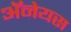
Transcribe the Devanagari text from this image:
अॅनेयस